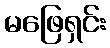
မဖြေရှင်း